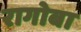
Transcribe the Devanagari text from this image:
रागोबा